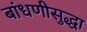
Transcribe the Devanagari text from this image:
बांधणीसुद्धा